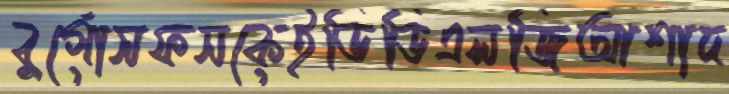
বুর্গোসফসকেইডিডিএলজিআশাদ